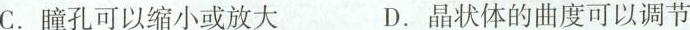
C.瞳孔可以缩小或放大 D.晶状体的曲度可以调节